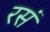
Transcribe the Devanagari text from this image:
रसं